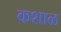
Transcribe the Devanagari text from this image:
कशाळ